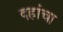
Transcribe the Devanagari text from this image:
दहांचा